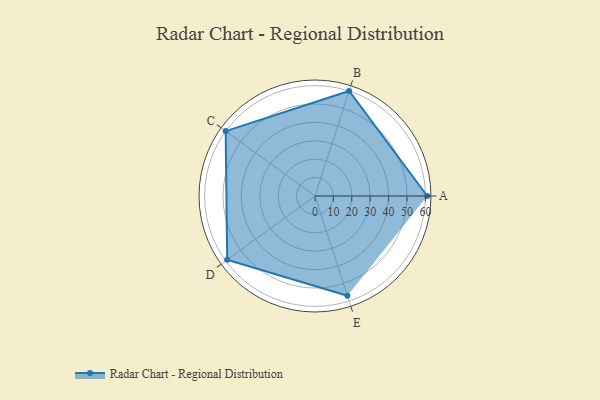
{"axis": {"x": "Skill", "y": "Score"}, "legend": ["Profile"], "data": [{"x": "A", "y": 61.0, "type": "Profile"}, {"x": "B", "y": 60.0, "type": "Profile"}, {"x": "C", "y": 60.0, "type": "Profile"}, {"x": "D", "y": 59.0, "type": "Profile"}, {"x": "E", "y": 57.0, "type": "Profile"}]}